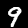
Label: 9